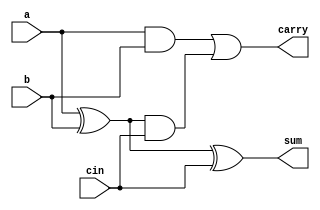

module Fulladder_Struct(

    input a,
    input b,
    input cin,
    output sum,
    output carry
);

wire sum1;
wire carry1;
wire carry2;

xor XOR1(sum1,a,b);
and AND1(carry1,a,b);
xor XOR2(sum,sum1,cin);
and AND2(carry2,sum1,cin);
or OR1(carry,carry1,carry2);

endmodule